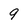
Character: 9